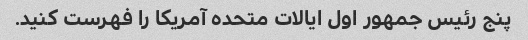
پنج رئیس جمهور اول ایالات متحده آمریکا را فهرست کنید.